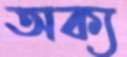
অক্য